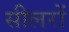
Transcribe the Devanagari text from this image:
सीलरों